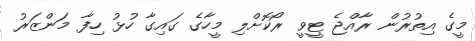
މީގެ އިތުރުން ރާއްޖެ ޓީވީ ރޯކޮށްލި މީހާގެ ގައިގާ ހުޅު ހިފާ މަންޒަރު